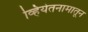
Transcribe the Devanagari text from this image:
व्हियेतनामातून